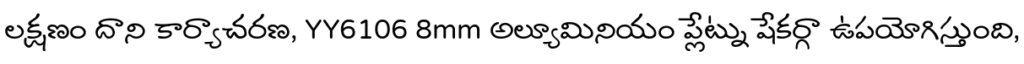
లక్షణం దాని కార్యాచరణ, YY6106 8mm అల్యూమినియం ప్లేట్ను షేకర్గా ఉపయోగిస్తుంది,